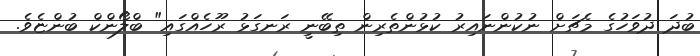
ބުދަ ދުވަހުގެ މެޗަށް ނުކުންނައިރު ކުޅުންތެރިން ތިބޭނީ ރަނގަޅު ރޫހެއްގައި" ބްލޯންކް ބުންޏެވެ.